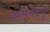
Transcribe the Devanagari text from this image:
करमचंदपुर